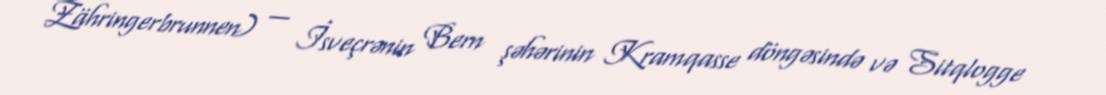
Zähringerbrunnen) — İsveçrənin Bern şəhərinin Kramqasse döngəsində və Sitqlogge